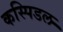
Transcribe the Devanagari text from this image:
कस्पिडल